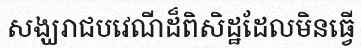
សង្ឃរាជបវេណីដ៏ពិសិដ្ឋដែលមិនធ្វើ